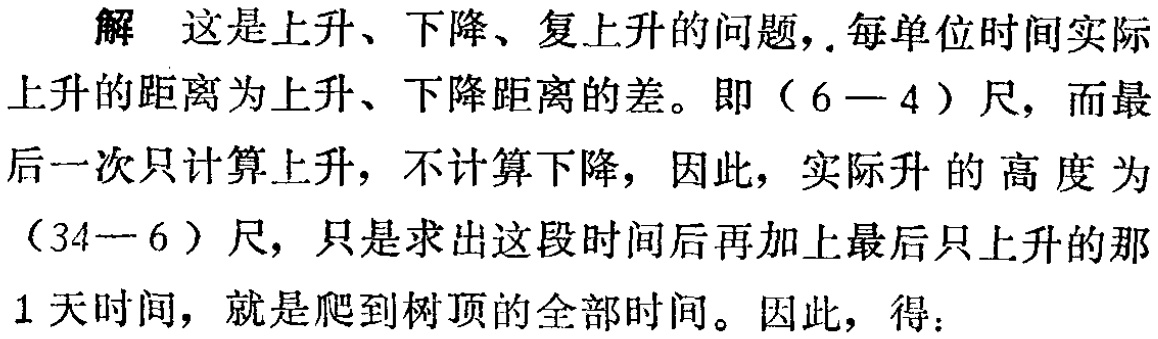
解 这是上升、下降、复上升的问题,. 每单位时间实际

上升的距离为上升、下降距离的差。即（$6 - 4$）尺, 而最

后一次只计算上升, 不计算下降, 因此, 实际升的高度为

（$34 - 6$）尺, 只是求出这段时间后再加上最后只上升的那

$1$天时间, 就是爬到树顶的全部时间。因此, 得：